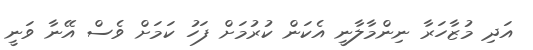
އަދި މުޒާހަރާ ނިންމާލާނީ އެކަން ކުރުމަށް ފަހު ކަމަށް ވެސް އޭނާ ވަނީ